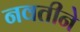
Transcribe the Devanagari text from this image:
नवतीने